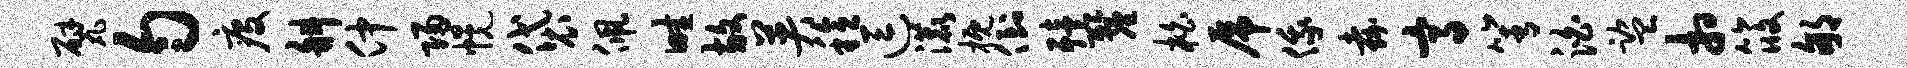
甓匀疫斜仲归幌袋佩畦放英稔逗漉概倒殪厘柏虎俄嘉高箐泊监相筱郇